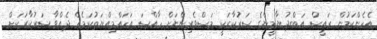
އެހެންކަމުން ރައީސް އަބްދު ޔާމީންގެ ސަރުކާރަކީ މަސްވެރިންނަށް ހާއްސަ އަހައްމިއްޔަތުކަމެއް ދެއްވާ ސަރުކާރަކަށް